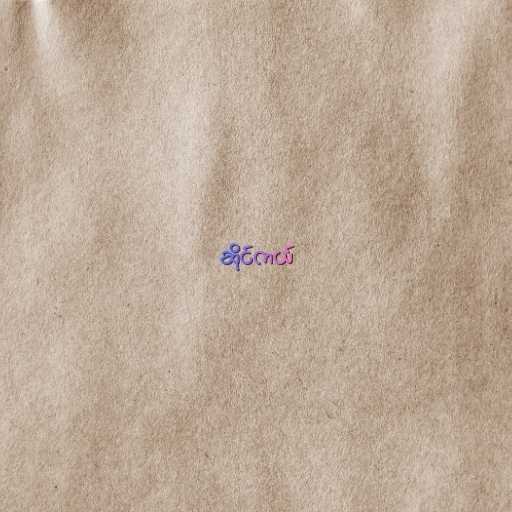
ဆိုင်ကယ်